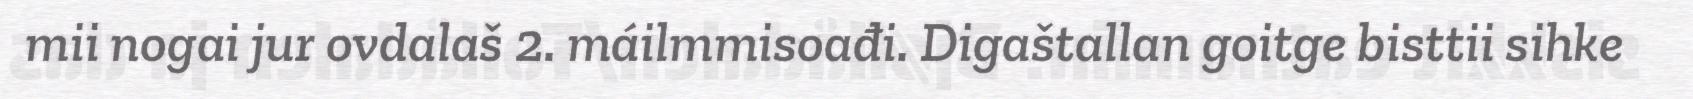
mii nogai jur ovdalaš 2. máilmmisoađi. Digaštallan goitge bisttii sihke